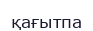
қағытпа